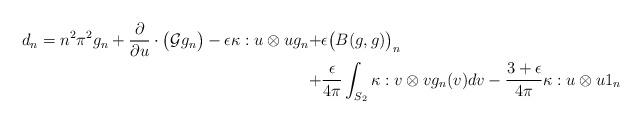
LaTeX: \begin{align*}d_n = n^2\pi^2g_n+\dfrac \partial {\partial u} \cdot \big(\mathcal{G}g_n\big)-\epsilon \kappa:u \otimes u g_n+&\epsilon \big(B(g, g)\big)_n\\+&\dfrac{\epsilon}{4\pi}\int_{S_2}\kappa:v \otimes v g_n(v) dv-\dfrac{3+\epsilon}{4\pi}\kappa:u \otimes u 1_n\end{align*}